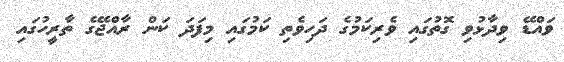
ވައްޑޭ ވިދާޅުވި ގޮތުގައި ވެރިކަމުގެ ދަހިވެތި ކަމުގައި މިފަދަ ކަން ރާއްޖޭގެ ތާރީހުގައި